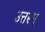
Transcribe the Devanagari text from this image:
उत्तरम्